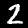
Label: 2